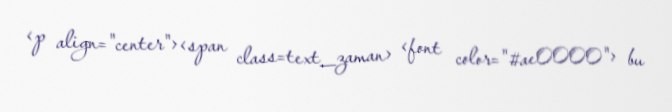
<p align="center"><span class=text_zaman> <font color="#ae0000"> bu